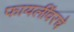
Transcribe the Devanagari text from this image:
फायलींवरचे